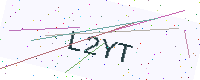
Text: L2YT